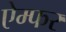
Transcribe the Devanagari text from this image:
ऐम्फर